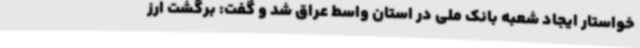
خواستار ایجاد شعبه بانک ملی در استان واسط عراق شد و گفت: برگشت ارز